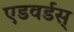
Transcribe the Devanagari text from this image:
एडवर्डस्‌